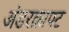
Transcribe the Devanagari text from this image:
अंडरक्राफ्ट